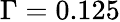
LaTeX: \Gamma=0.125